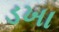
ડખા